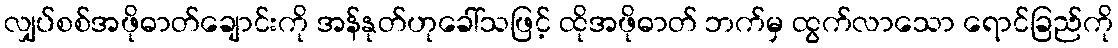
လျှပ်စစ်အဖိုဓာတ်ချောင်းကို အန်နုတ်ဟုခေါ်သဖြင့် ထိုအဖိုဓာတ် ဘက်မှ ထွက်လာသော ရောင်ခြည်ကို